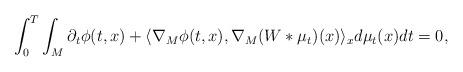
LaTeX: \begin{align*} \int_0^T \int_{M} \partial_t \phi(t,x) + \langle \nabla_M \phi(t,x), \nabla_M (W \ast \mu_t )(x) \rangle_x d\mu_t(x) dt = 0,\end{align*}